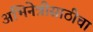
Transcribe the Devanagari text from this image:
अभिनेत्रीसाठीचा